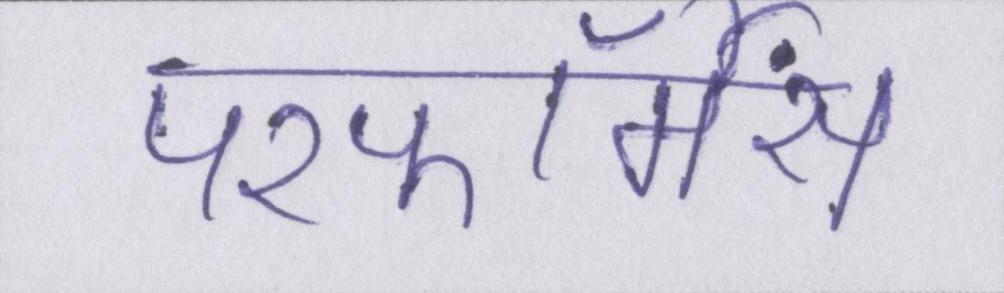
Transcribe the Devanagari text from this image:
परफॉर्मेंस